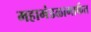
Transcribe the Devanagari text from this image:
महामंडळामार्फत